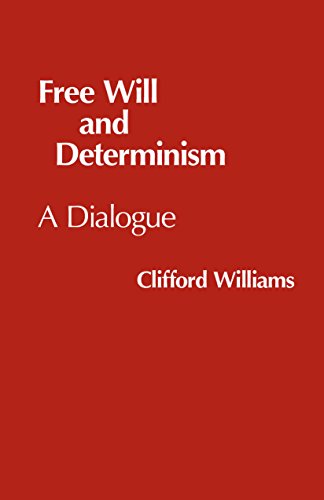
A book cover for Free Will and Determinism (Hackett Philosophical Dialogues); Clifford Williams; Politics & Social Sciences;